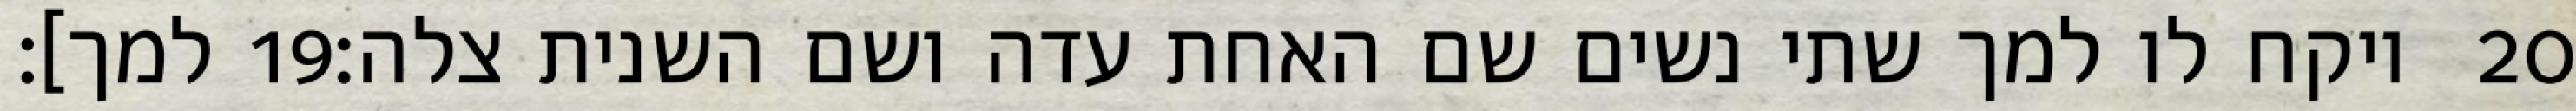
למך]׃ ‎19‏ ויקח לו למך שתי נשים שם האחת עדה ושם השנית צלה׃ ‎20‏